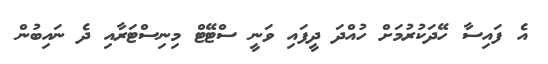
އެ ފައިސާ ހޭދަކުރުމަށް ހުއްދަ ދީފައި ވަނީ ސްޓޭޓް މިނިސްޓަރާއި ދެ ނައިބުން